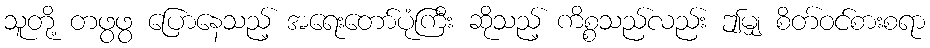
သူတို့ တဖွဖွ ပြောနေသည့် အရေးတော်ပုံကြီး ဆိုသည့် ကိစ္စသည်လည်း ဤမျှ စိတ်ဝင်စားစရာ